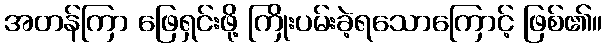
အတန်ကြာ ဖြေရှင်းဖို့ ကြိုးပမ်းခဲ့ရသောကြောင့် ဖြစ်၏။